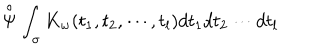
LaTeX: \stackrel { \circ } { \Psi } \int _ { \sigma } K _ { w } ( t _ { 1 } , t _ { 2 } , \cdots , t _ { l } ) d t _ { 1 } d t _ { 2 } \cdots d t _ { l }